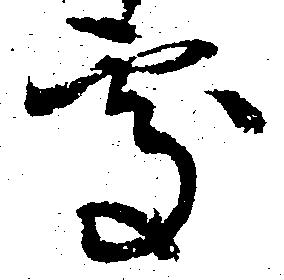
処